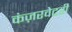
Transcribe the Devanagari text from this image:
कंज़रवेटरी